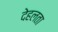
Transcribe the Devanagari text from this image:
देहलता